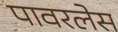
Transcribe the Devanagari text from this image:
पावरलेस